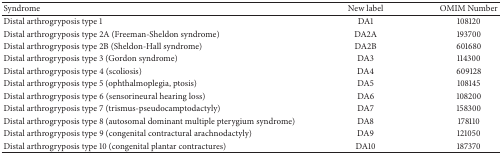
<table><thead><tr><td><b>Syndrome</b></td><td><b>New label</b></td><td><b>OMIM Number</b></td></tr></thead><tbody><tr><td>Distal arthrogryposis type 1</td><td>DA1</td><td>108120</td></tr><tr><td>Distal arthrogryposis type 2A (Freeman-Sheldon syndrome)</td><td>DA2A</td><td>193700</td></tr><tr><td>Distal arthrogryposis type 2B (Sheldon-Hall syndrome)</td><td>DA2B</td><td>601680</td></tr><tr><td>Distal arthrogryposis type 3 (Gordon syndrome)</td><td>DA3</td><td>114300</td></tr><tr><td>Distal arthrogryposis type 4 (scoliosis)</td><td>DA4</td><td>609128</td></tr><tr><td>Distal arthrogryposis type 5 (ophthalmoplegia, ptosis)</td><td>DA5</td><td>108145</td></tr><tr><td>Distal arthrogryposis type 6 (sensorineural hearing loss)</td><td>DA6</td><td>108200</td></tr><tr><td>Distal arthrogryposis type 7 (trismus-pseudocamptodactyly)</td><td>DA7</td><td>158300</td></tr><tr><td>Distal arthrogryposis type 8 (autosomal dominant multiple pterygium syndrome)</td><td>DA8</td><td>178110</td></tr><tr><td>Distal arthrogryposis type 9 (congenital contractural arachnodactyly)</td><td>DA9</td><td>121050</td></tr><tr><td>Distal arthrogryposis type 10 (congenital plantar contractures)</td><td>DA10</td><td>187370</td></tr></tbody></table>